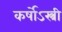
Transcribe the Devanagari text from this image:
कर्षोऽस्त्री